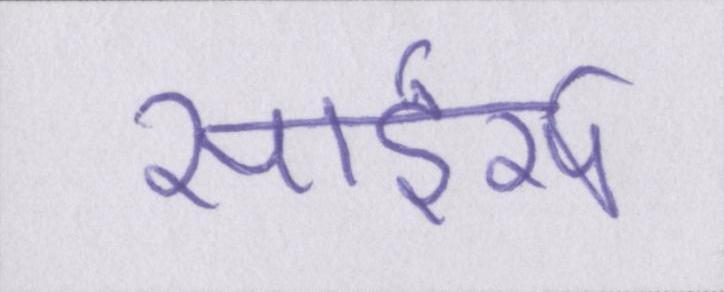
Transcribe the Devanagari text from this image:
सांडर्स